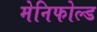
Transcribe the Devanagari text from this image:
मेनिफोल्ड